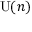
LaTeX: \mathrm { U } ( n )